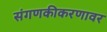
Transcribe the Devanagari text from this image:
संगणकीकरणावर